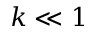
k \ll 1